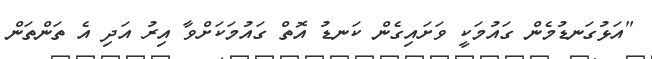
"އަޅުގަނޑުމެން ގައުމަކީ ވަށައިގެން ކަނޑު އޮތް ގައުމަކަށްވާ އިރު އަދި އެ ތަންތަން